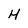
Character: H